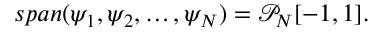
s p a n ( \psi _ { 1 } , \psi _ { 2 } , \ldots , \psi _ { N } ) = \mathcal { P } _ { N } [ - 1 , 1 ] .